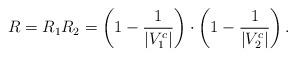
LaTeX: \begin{align*}R=R_1R_2=\left(1-\frac{1}{|V^c_1|}\right) \cdot \left(1-\frac{1}{|V^c_2|}\right).\end{align*}